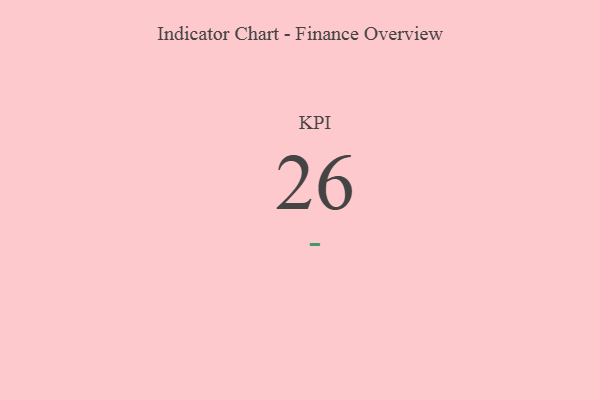
{"axis": {"x": "KPI", "y": "Value"}, "legend": [""], "data": [{"x": "KPI", "y": 26, "type": ""}]}